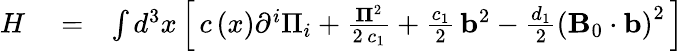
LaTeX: \begin{array}{rlr}{H}&{{}=}&{\int{{d^{3}}x}\left[\, {c\left(x\right){\partial^{i}}{\Pi_{i}}+\frac{{{{\mathbf\Pi}^{2}}}}{{2\, {c_{1}}}}+\frac{{{c_{1}}}}{2}\, {{\mathbf b}^{2}}-\frac{{{d_{1}}}}{2}{{\left({{\mathbf B}_{0}\cdot{\mathbf b}}\right)}^{2}}}\, \right]}\end{array}